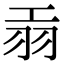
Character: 𦏺